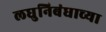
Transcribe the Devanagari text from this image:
लघुनिबंधाच्या